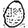
Digit: 0